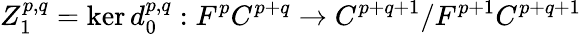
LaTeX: Z_{1}^{p,q}=\ker d_{0}^{p,q}:F^{p}C^{p+q}\rightarrow C^{p+q+1}/F^{p+1}C^{p+q+1}